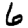
Digit: 6